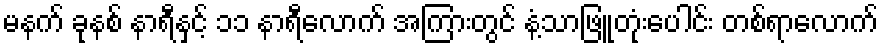
မနက် ခုနစ် နာရီနှင့် ၁၁ နာရီလောက် အကြားတွင် နံ့သာဖြူတုံးပေါင်း တစ်ရာလောက်